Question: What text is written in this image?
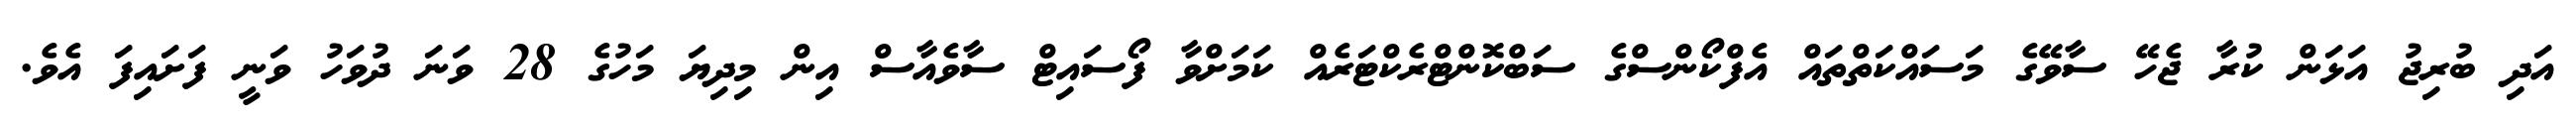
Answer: އަދި ބުރިޖު އަޅަން ކުރާ ޖެހޭ ސާވޭގެ މަސައްކަތްތައް އެފްކޯންސްގެ ސަބްކޮންޓްރެކްޓަރެއް ކަމަށްވާ ފޯސައިޓް ސާވެއާސް އިން މިދިޔަ މަހުގެ 28 ވަނަ ދުވަހު ވަނީ ފަށައިފަ އެވެ.